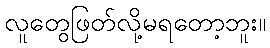
လူတွေဖြတ်လို့မရတော့ဘူး။